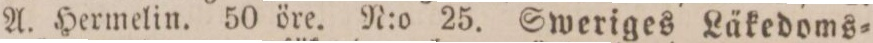
A. Hermelin. 50 öre. N:o 25. Sweriges Läkedoms=